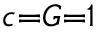
\scriptstyle c = G = 1